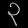
Digit: ၃